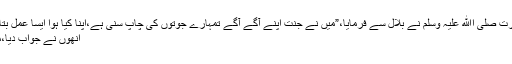
– بلال بن رباح ؓ کا کیا احساس ہوگا جب آنحضرت صلی اﷲ علیہ وسلم نے بلال سے فرمایا،”میں نے جنت اپنے آگے آگے تمہارے جوتوں کی چاپ سنی ہے،اپنا کیا ہوا ایسا عمل بتاؤ جس کے مقبول ہونے کی تمہیں بہت امید ہو”
انھوں نے جواب دیا،میں ہر وقت باوضو رہنے کی کوشش کرتا ہوں۔